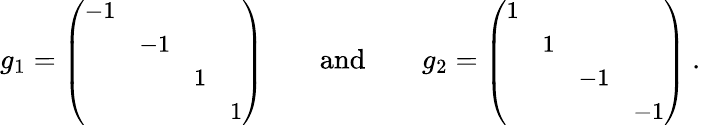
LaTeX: \begin{array}{r}{g_{1}={\small\left(\begin{array}{llll}{-1}&&&\\ &{-1}&&\\ &&{1}&\\ &&&{1}\end{array}\right)}\normalsize\qquad\mathrm{and}\qquad g_{2}={\small\left(\begin{array}{llll}{1}&&&\\ &{1}&&\\ &&{-1}&\\ &&&{-1}\end{array}\right)}\normalsize\ .}\end{array}